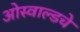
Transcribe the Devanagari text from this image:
ओस्वाल्डचे